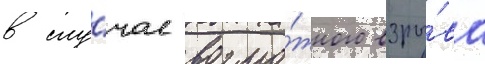
в слу́чае возмо́жного взры́ва